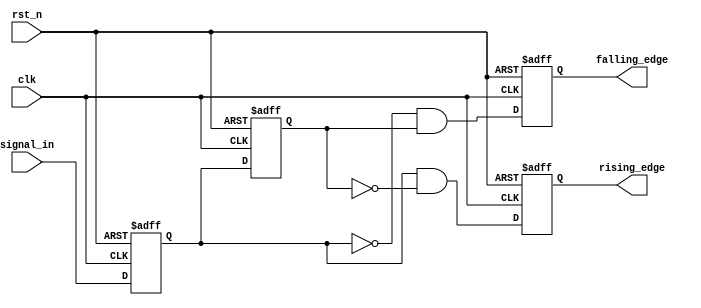
module GlitchFreeEdgeDetector (
    input wire clk,          // Clock input
    input wire rst_n,       // Active low reset
    input wire signal_in,    // Input signal to be monitored
    output reg rising_edge,  // Output for rising edge detection
    output reg falling_edge  // Output for falling edge detection
);

    // Memory blocks to hold the current and previous state
    reg signal_current;
    reg signal_previous;

    // Always block triggered on the rising edge of the clock
    always @(posedge clk or negedge rst_n) begin
        if (!rst_n) begin
            // Reset condition
            signal_current <= 1'b0;
            signal_previous <= 1'b0;
            rising_edge <= 1'b0;
            falling_edge <= 1'b0;
        end else begin
            // Capture the current state of the input signal
            signal_current <= signal_in;
            // Store the previous state
            signal_previous <= signal_current;

            // Edge detection logic
            rising_edge <= (signal_current && !signal_previous); // Detect rising edge
            falling_edge <= (!signal_current && signal_previous); // Detect falling edge
        end
    end
endmodule